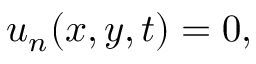
u _ { n } ( x , y , t ) = 0 ,